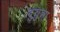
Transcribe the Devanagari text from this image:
दुगुन्ना